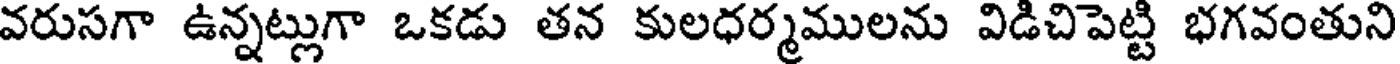
వరుసగా ఉన్నట్లుగా ఒకడు తన కులధర్మములను విడిచిపెట్టి భగవంతుని